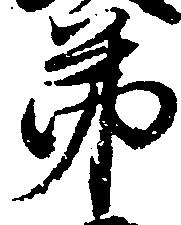
第